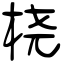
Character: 桡